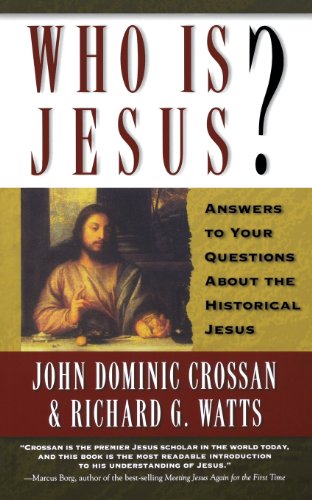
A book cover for Who Is Jesus?: Answers to Your Questions about the Historical Jesus; John Dominic Crossan; Christian Books & Bibles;